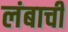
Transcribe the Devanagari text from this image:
लंबाची